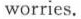
worries.